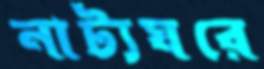
নাট্যঘরে